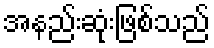
အနည်းဆုံးဖြစ်သည်